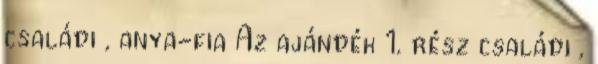
családi , anya-fia Az ajándék 1. rész családi ,